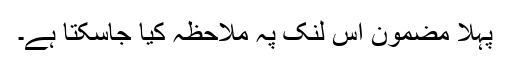
پہلا مضمون اس لنک پہ ملاحظہ کیا جاسکتا ہے۔